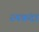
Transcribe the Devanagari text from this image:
रमकंदा